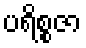
ပရိစ္စဇာ